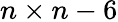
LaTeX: n\times n-6